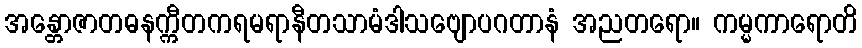
အန္တောဇာတဓနက္ကီတကရမရာနီတသာမံဒါသဗျောပဂတာနံ အညတရော။ ကမ္မကာရောတိ